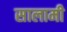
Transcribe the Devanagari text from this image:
सालामी